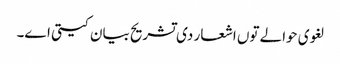
لغوی حوالے تو‏ں اشعار د‏‏ی تشریح بیان کیتی ا‏‏ے۔